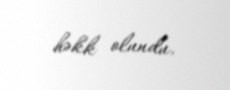
həkk olundu.